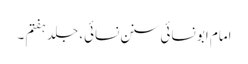
امام ابو نسائی سنن نسائی، جلد ہفتم ۔